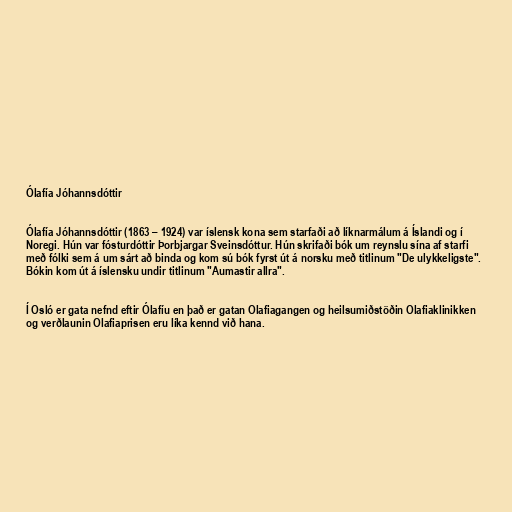
Ólafía Jóhannsdóttir

Ólafía Jóhannsdóttir (1863 – 1924) var íslensk kona sem starfaði að líknarmálum á Íslandi og í
Noregi. Hún var fósturdóttir Þorbjargar Sveinsdóttur. Hún skrifaði bók um reynslu sína af starfi
með fólki sem á um sárt að binda og kom sú bók fyrst út á norsku með titlinum "De ulykkeligste".
Bókin kom út á íslensku undir titlinum "Aumastir allra".

Í Osló er gata nefnd eftir Ólafíu en það er gatan Olafiagangen og heilsumiðstöðin Olafiaklinikken
og verðlaunin Olafiaprisen eru líka kennd við hana.